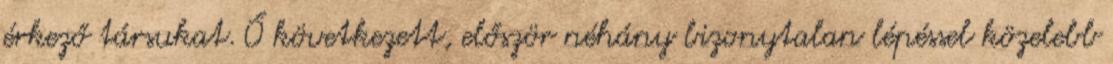
érkező társukat. Ő következett, először néhány bizonytalan lépéssel közelebb